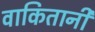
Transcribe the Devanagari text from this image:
वाकितानी